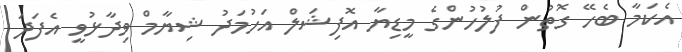
އެކަމާ ބެހޭ ގޮތުން ފުލުހުންގެ މީޑިޔާ އޮފިޝަލް އަހުމަދު ޝިޔާމް ވިދާޅުވީ އެފަދަ